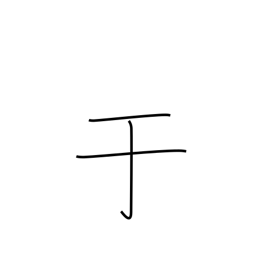
Meaning: from